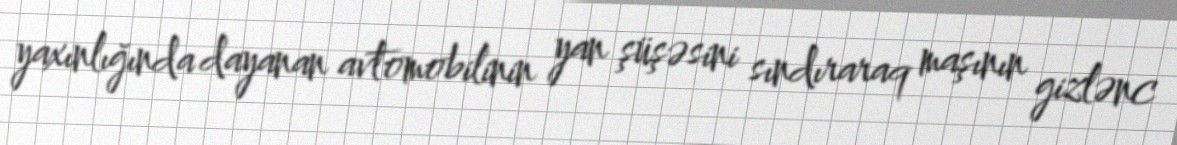
yaxınlığında dayanan avtomobilinin yan şüşəsini sındıraraq maşının gizlənc